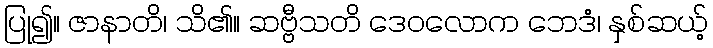
ပြု၍။ ဇာနာတိ၊ သိ၏။ ဆဗ္ဗီသတိ ဒေဝလောက ဘေဒံ၊ နှစ်ဆယ့်